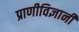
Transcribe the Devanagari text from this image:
प्राणीविज्ञानी